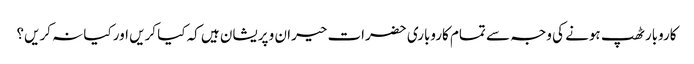
کاروبار ٹھپ ہونے کی وجہ سے تمام کاروباری حضرات حیران و پریشان ہیں کہ کیا کریں اور کیا نہ کریں؟